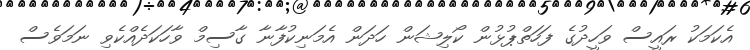
އެކަމަކު ރައީސް ވަހީދުގެ ފަހަތްޕުޅުން ކޯލިޝަން ހަދަން އެމަނިކުފާނާ ގާސިމް ވާހަކަދެއްކެވި ނަމަވެސް